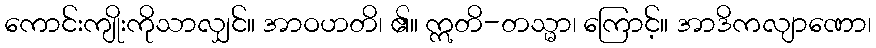
ကောင်းကျိုးကိုသာလျှင်။ အာဝဟတိ၊ ၏။ ဣတိ-တသ္မာ၊ ကြောင့်။ အာဒိကလျာဏော၊